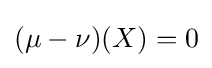
(\mu -\nu )(X)=0